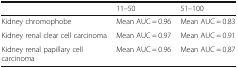
<table><thead><tr><td></td><td><b>11–50</b></td><td><b>51–100</b></td></tr></thead><tbody><tr><td>Kidney chromophobe</td><td>Mean AUC = 0.96</td><td>Mean AUC = 0.83</td></tr><tr><td>Kidney renal clear cell carcinoma</td><td>Mean AUC = 0.97</td><td>Mean AUC = 0.91</td></tr><tr><td>Kidney renal papillary cell carcinoma</td><td>Mean AUC = 0.96</td><td>Mean AUC = 0.87</td></tr></tbody></table>